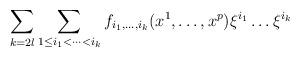
LaTeX: \begin{align*}\sum_{k=2l} \sum_{1\le i_{1} < \dots < i_{k}}f_{i_{1},\dots ,i_{k}}(x^{1},\dots , x^{p})\xi^{i_{1}}\dots \xi^{i_{k}}\end{align*}